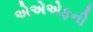
એએએફની